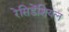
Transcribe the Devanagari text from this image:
रेसिडेंशियल